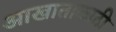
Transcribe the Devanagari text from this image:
आखाताकाठी